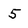
Character: 5